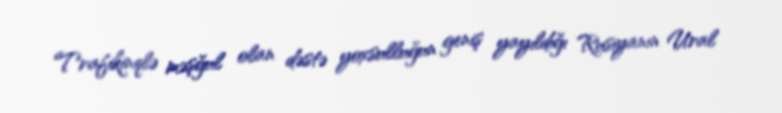
Trafikinqlə məşğul olan dəstə yoxsulluğun geniş yayıldığı Rusiyanın Ural